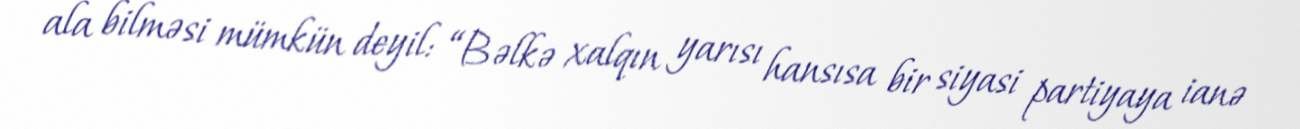
ala bilməsi mümkün deyil: “Bəlkə xalqın yarısı hansısa bir siyasi partiyaya ianə